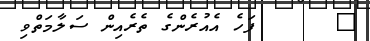
٨      ފަހެ އެއުރެންގެ ތެރެއިން ސަލާމަތްވި